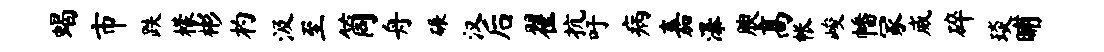
蝎市跌檬彬杓汲至筒舟碾汉后翟抗吁病嘉瀑腴高帐峻幡冢威碎琰晡